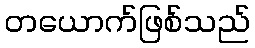
တယောက်ဖြစ်သည်